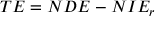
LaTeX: T E = N D E - N I E _ { r }